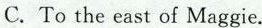
C. To the east of Maggie.